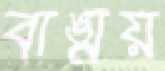
বাঙ্ময়